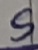
Text: S